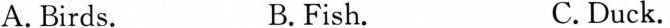
A. Birds. B.Fish. C.Duck.